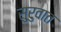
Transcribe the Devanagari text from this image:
सु्रुवात